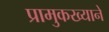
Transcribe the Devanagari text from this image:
प्रामुकख्याने